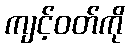
ကျင့်ဝတ်ကို